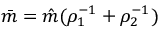
\bar { m } = \hat { m } ( \rho _ { 1 } ^ { - 1 } + \rho _ { 2 } ^ { - 1 } )